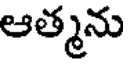
ఆత్మను